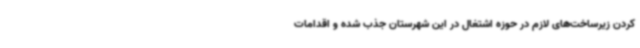
کردن زیرساخت‌های لازم در حوزه اشتغال در این شهرستان جذب شده و اقدامات